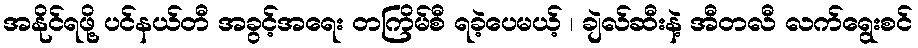
အနိုင်ရဖို့ ပင်နယ်တီ အခွင့်အရေး တကြိမ်စီ ရခဲ့ပေမယ့် ၊ ချဲလ်ဆီးနဲ့ အီတလီ လက်ရွေးစင်